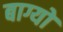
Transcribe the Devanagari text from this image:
बाग्यों